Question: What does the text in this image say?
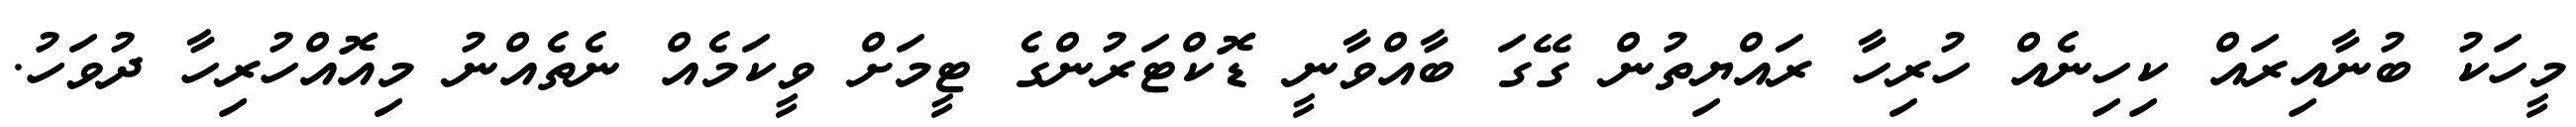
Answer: މީހަކު ބުނާއިރައް ކިހިނެއް ހުރިހާ ރައްޔިތުން ގޭގަ ބާއްވާނީ ޑޮކްޓަރުންގެ ޓީމަށް ވީކަމެއް ނެތެއްނު މިއޮއްހުރިހާ ދުވަހު.